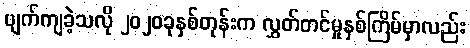
ပျက်ကျခဲ့သလို ၂၀၂၀ခုနှစ်တုန်းက လွှတ်တင်မှုနှစ်ကြိမ်မှာလည်း